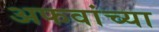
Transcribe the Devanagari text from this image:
अफवांच्या